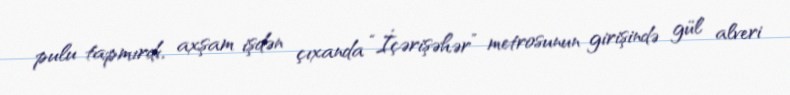
pulu tapmırdı, axşam işdən çıxanda “İçərişəhər” metrosunun girişində gül alveri